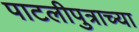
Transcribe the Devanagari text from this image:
पाटलीपुत्राच्या